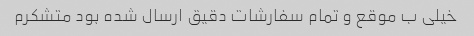
خیلی ب موقع و تمام سفارشات دقیق ارسال شده بود متشکرم